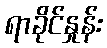
ရာခိုင်နှုန်း